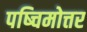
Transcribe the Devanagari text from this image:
पष्चिमोत्तर